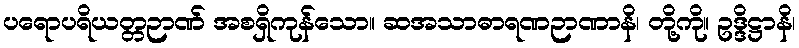
ပရောပရိယတ္တဉာဏ် အစရှိကုန်သော။ ဆအသာဓာရဏဉာဏာနိ၊ တို့ကို။ ဥဒ္ဒိဋ္ဌာနိ၊